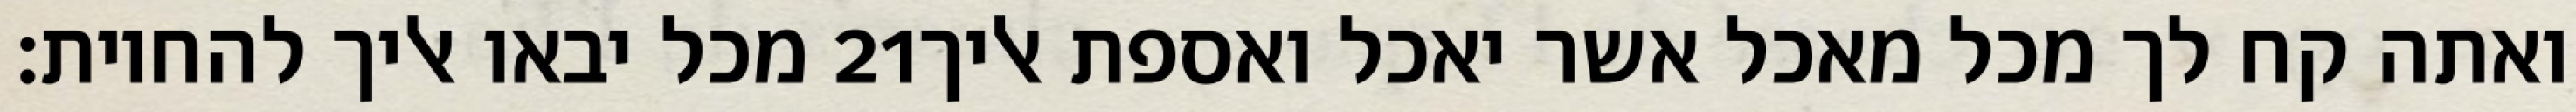
מכל יבאו אליך להחיות׃ ‎21‏ ואתה קח לך מכל מאכל אשר יאכל ואספת אליך